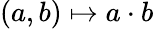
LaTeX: (a,b)\mapsto a\cdot b